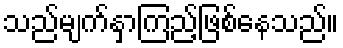
သည်မျက်နှာကြည့်ဖြစ်နေသည်။